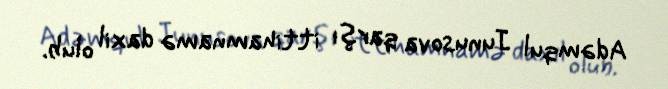
Adəmqul Junusova qarşı ittihamnamə daxil olub.